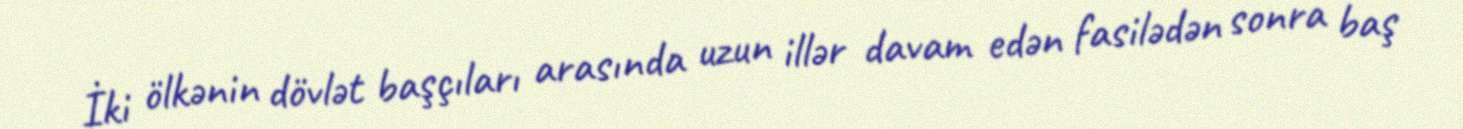
İki ölkənin dövlət başçıları arasında uzun illər davam edən fasilədən sonra baş